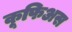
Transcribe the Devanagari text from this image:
कूफिअस